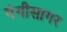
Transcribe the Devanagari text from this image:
गंगीसागर